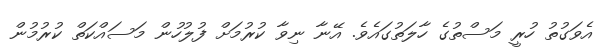
އެވަގުތު ހުރީ މަސްތުގެ ހާލަތުގައެވެ. އޭނާ ނިވާ ކުރުމަށް ފުލުހުން މަސައްކަތް ކުރުމުން